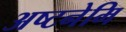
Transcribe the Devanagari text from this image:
अष्टनेमि